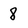
Character: 8